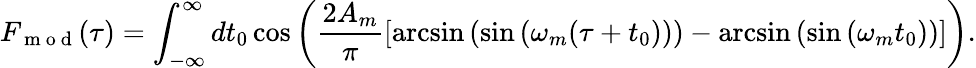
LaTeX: F_{\mathrm{~m~o~d~}}(\tau)=\int_{-\infty}^{\infty}dt_{0}\cos\left(\frac{2A_{m}}{\pi}\left[\arcsin\left(\sin\left(\omega_{m}(\tau+t_{0})\right)\right)-\arcsin\left(\sin\left(\omega_{m}t_{0}\right)\right)\right]\right).